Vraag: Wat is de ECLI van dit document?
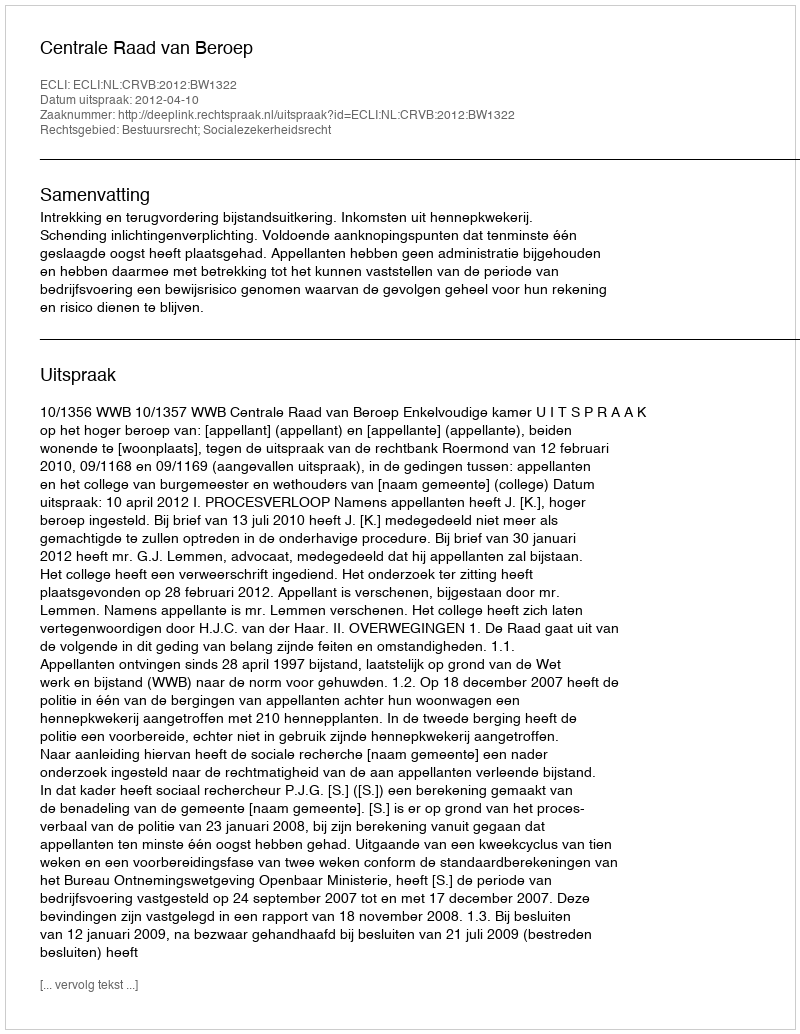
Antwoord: ECLI:NL:CRVB:2012:BW1322